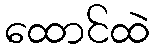
ထောင်ထဲ